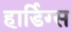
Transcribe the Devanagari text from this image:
हार्डिग्स